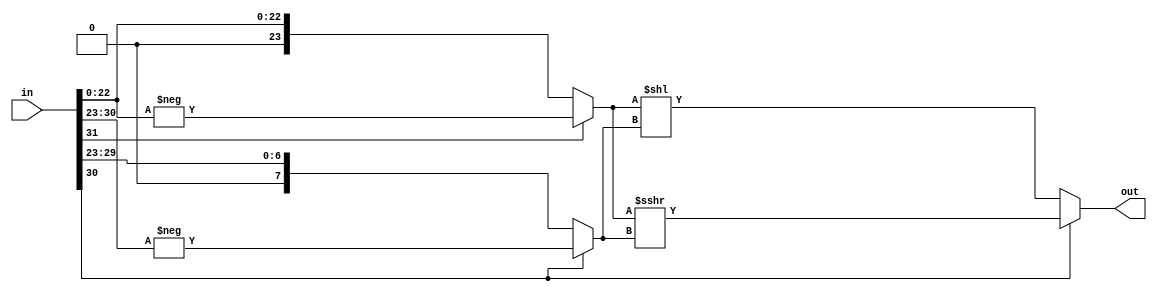
module float2int
#(
	parameter EXP = 8,
	parameter MAN = 23
)
(
	input         [MAN+EXP:0] in,
	output signed [MAN+EXP:0] out
);

wire           s = in[MAN+EXP      ];
wire [EXP-1:0] e = in[MAN+EXP-1:MAN];
wire [MAN-1:0] m = in[MAN    -1:  0];

wire signed [MAN  :0] sm    = (s) ? -m : m;
wire        [EXP-1:0] shift = (e[EXP-1]) ? -e : e;
assign                out   = (e[EXP-1]) ? sm >>> shift : sm << shift;

endmodule